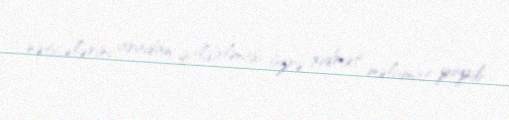
nəticələrini aradan qaldırlması üzrə xidmət məlumat yayıb.